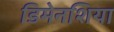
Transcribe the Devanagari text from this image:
डिमेनशिया